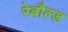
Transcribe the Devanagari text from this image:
रेबौल्ड